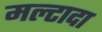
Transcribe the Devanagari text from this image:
मल्टादा